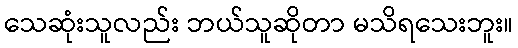
သေဆုံးသူလည်း ဘယ်သူဆိုတာ မသိရသေးဘူး။